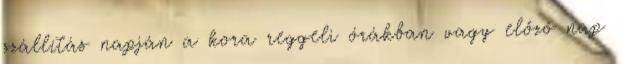
szállítás napján a kora reggeli órákban vagy előző nap